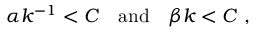
\alpha k ^ { - 1 } < C \ \ \ \mathrm { a n d } \ \ \ \beta k < C \ ,